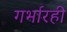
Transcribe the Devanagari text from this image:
गर्भारही